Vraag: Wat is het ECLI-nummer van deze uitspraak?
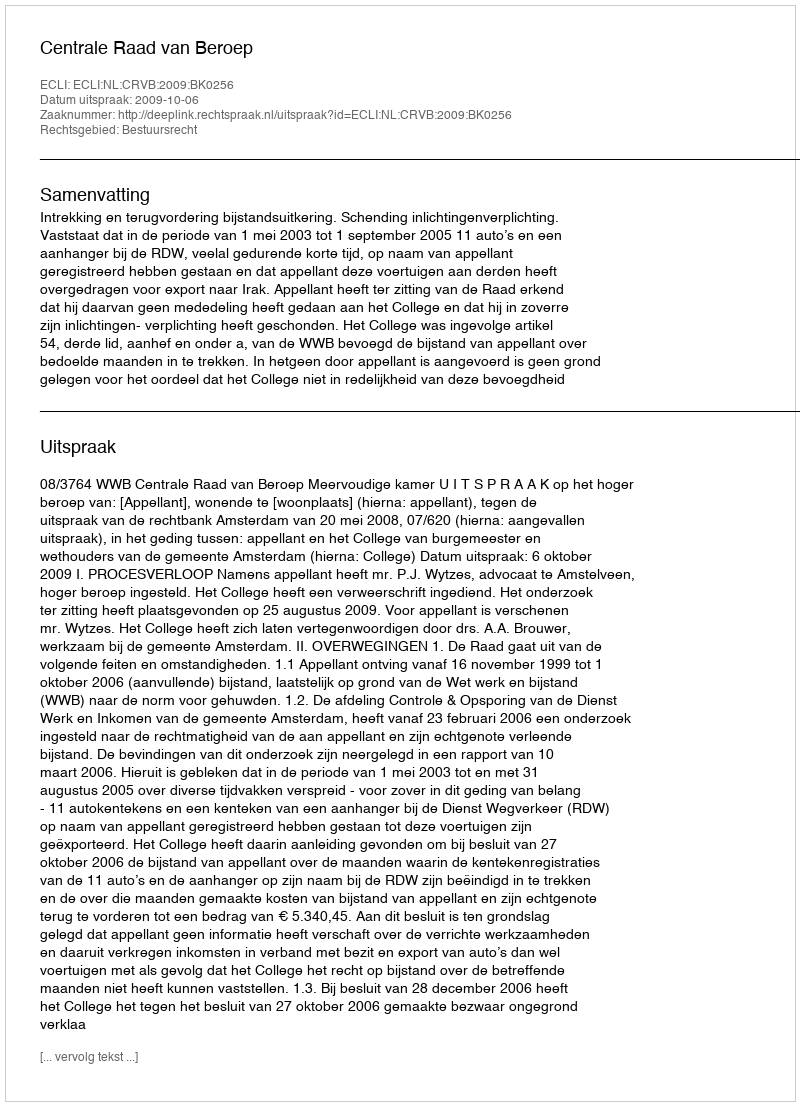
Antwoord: ECLI:NL:CRVB:2009:BK0256